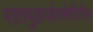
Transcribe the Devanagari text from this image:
सातपुडापर्वतश्रेणीतील